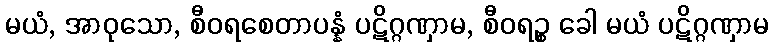
မယံ, အာဝုသော, စီဝရစေတာပန္နံ ပဋိဂ္ဂဏှာမ, စီဝရဉ္စ ခေါ မယံ ပဋိဂ္ဂဏှာမ